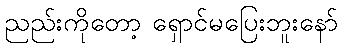
ညည်းကိုတော့ ရှောင်မပြေးဘူးနော်